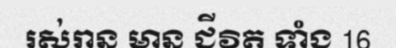
រស់រាន មាន ជីវិត ទាំង 16